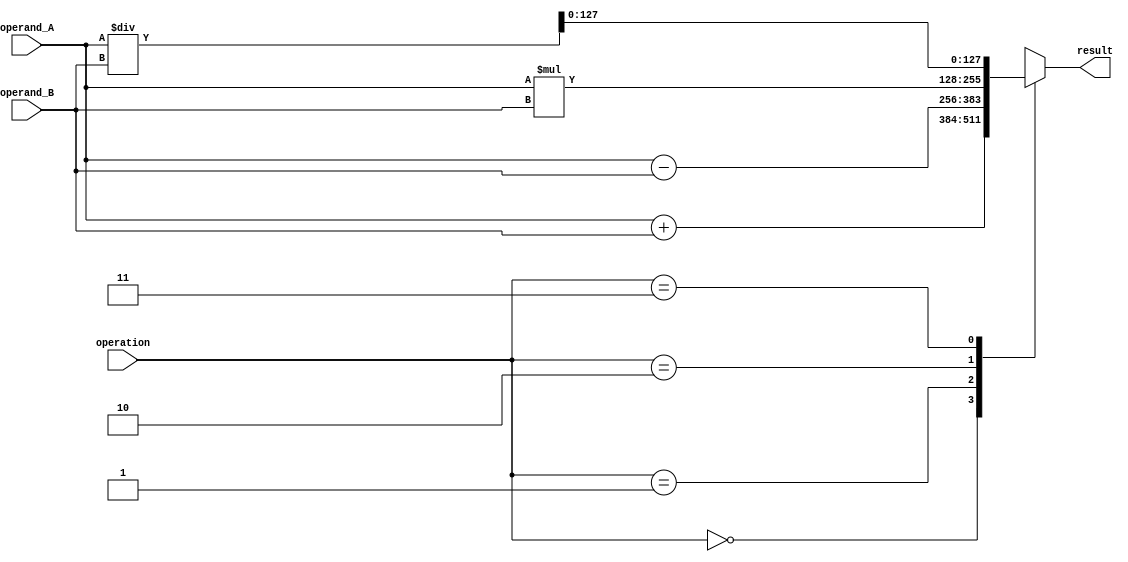
module QuadruplePrecisionFloatingPointUnit (
    input wire [127:0] operand_A,
    input wire [127:0] operand_B,
    input wire [2:0] operation, // 0: addition, 1: subtraction, 2: multiplication, 3: division
    output reg [127:0] result
);

// Adder component
reg [127:0] add_result;
assign add_result = operand_A + operand_B;

// Multiplier component
reg [255:0] mult_result;
assign mult_result = operand_A * operand_B;

// Divider component
reg [255:0] div_result;
assign div_result = operand_A / operand_B;

always @(*) begin
    case(operation)
        0: result = add_result; // Addition operation
        1: result = operand_A - operand_B; // Subtraction operation
        2: result = mult_result[127:0]; // Multiplication operation
        3: result = div_result[127:0]; // Division operation
        default: result = 128'hxxxxxxxxxxxxxxxxxxxxxxxxxxxxxxxx; // Default case
    endcase
end

endmodule